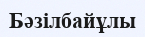
Бәзілбайұлы